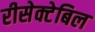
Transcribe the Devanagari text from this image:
रीसेक्टेबिल